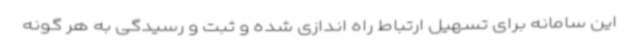
این سامانه برای تسهیل ارتباط راه اندازی شده و ثبت و رسیدگی به هر گونه